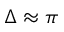
\Delta \approx \pi